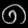
Digit: ၈